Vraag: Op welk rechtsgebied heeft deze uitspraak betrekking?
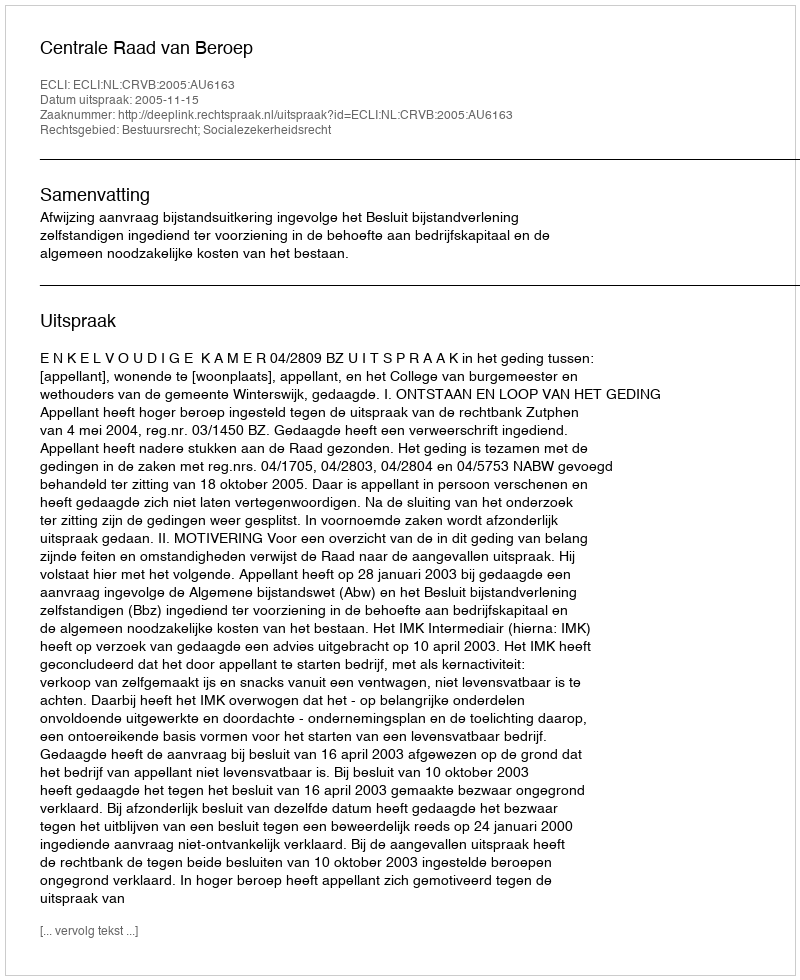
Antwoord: Bestuursrecht; Socialezekerheidsrecht